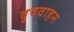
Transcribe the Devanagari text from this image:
वृषवाहन